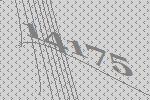
14175